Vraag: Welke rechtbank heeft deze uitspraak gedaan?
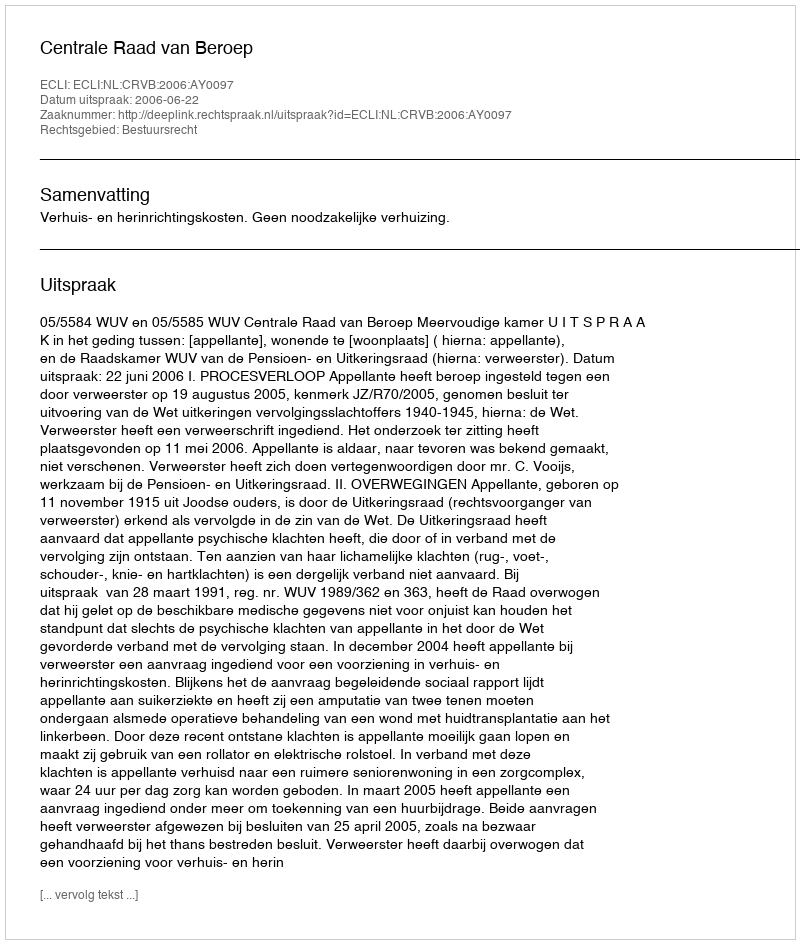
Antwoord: Centrale Raad van Beroep